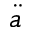
\ddot { a }